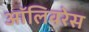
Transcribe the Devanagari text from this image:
ऑलिवरेस